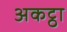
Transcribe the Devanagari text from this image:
अकट्ठा